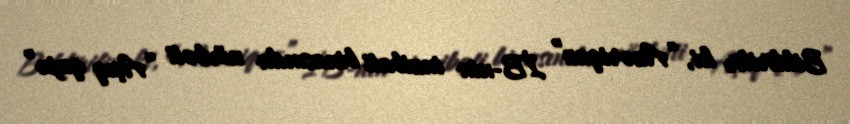
Bildirilir ki, “Azəriqaz” İB-nin inzibati binasında növbəti “Açıq qapı”